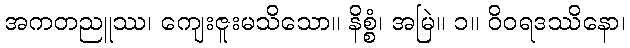
အကတညူဿ၊ ကျေးဇူးမသိသော။ နိစ္စံ၊ အမြဲ။ ၁။ ဝိဝရဒဿိနော၊